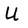
Character: U